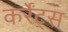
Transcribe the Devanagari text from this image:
कर्रेंट्स